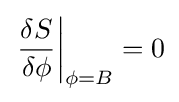
\left.{\frac {\delta S}{\delta \phi }}\right|_{\phi =B}=0